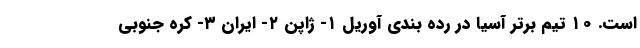
است. ۱۰ تیم برتر آسیا در رده بندی آوریل ۱- ژاپن ۲- ایران ۳- کره جنوبی